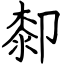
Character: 厀